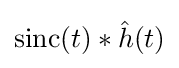
\mathrm {sinc} (t)*{\hat {h}}(t)